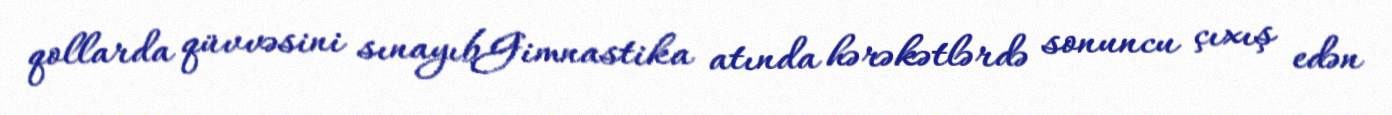
qollarda qüvvəsini sınayıbGimnastika atında hərəkətlərdə sonuncu çıxış edən